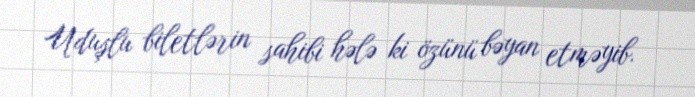
Uduşlu biletlərin sahibi hələ ki özünü bəyan etməyib.